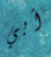
أبي